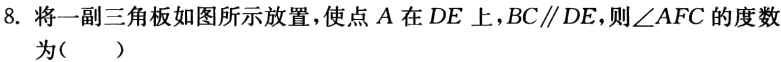
8. 将一副三角板如图所示放置，使点\(A\)在\(DE\)上，\(BC\parallel DE\)，则\(\angle AFC\)的度数为（  ）